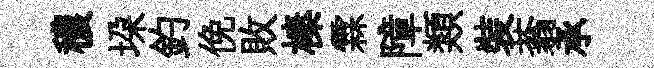
穠垜釣俛敗榛霖障類裝蓊承